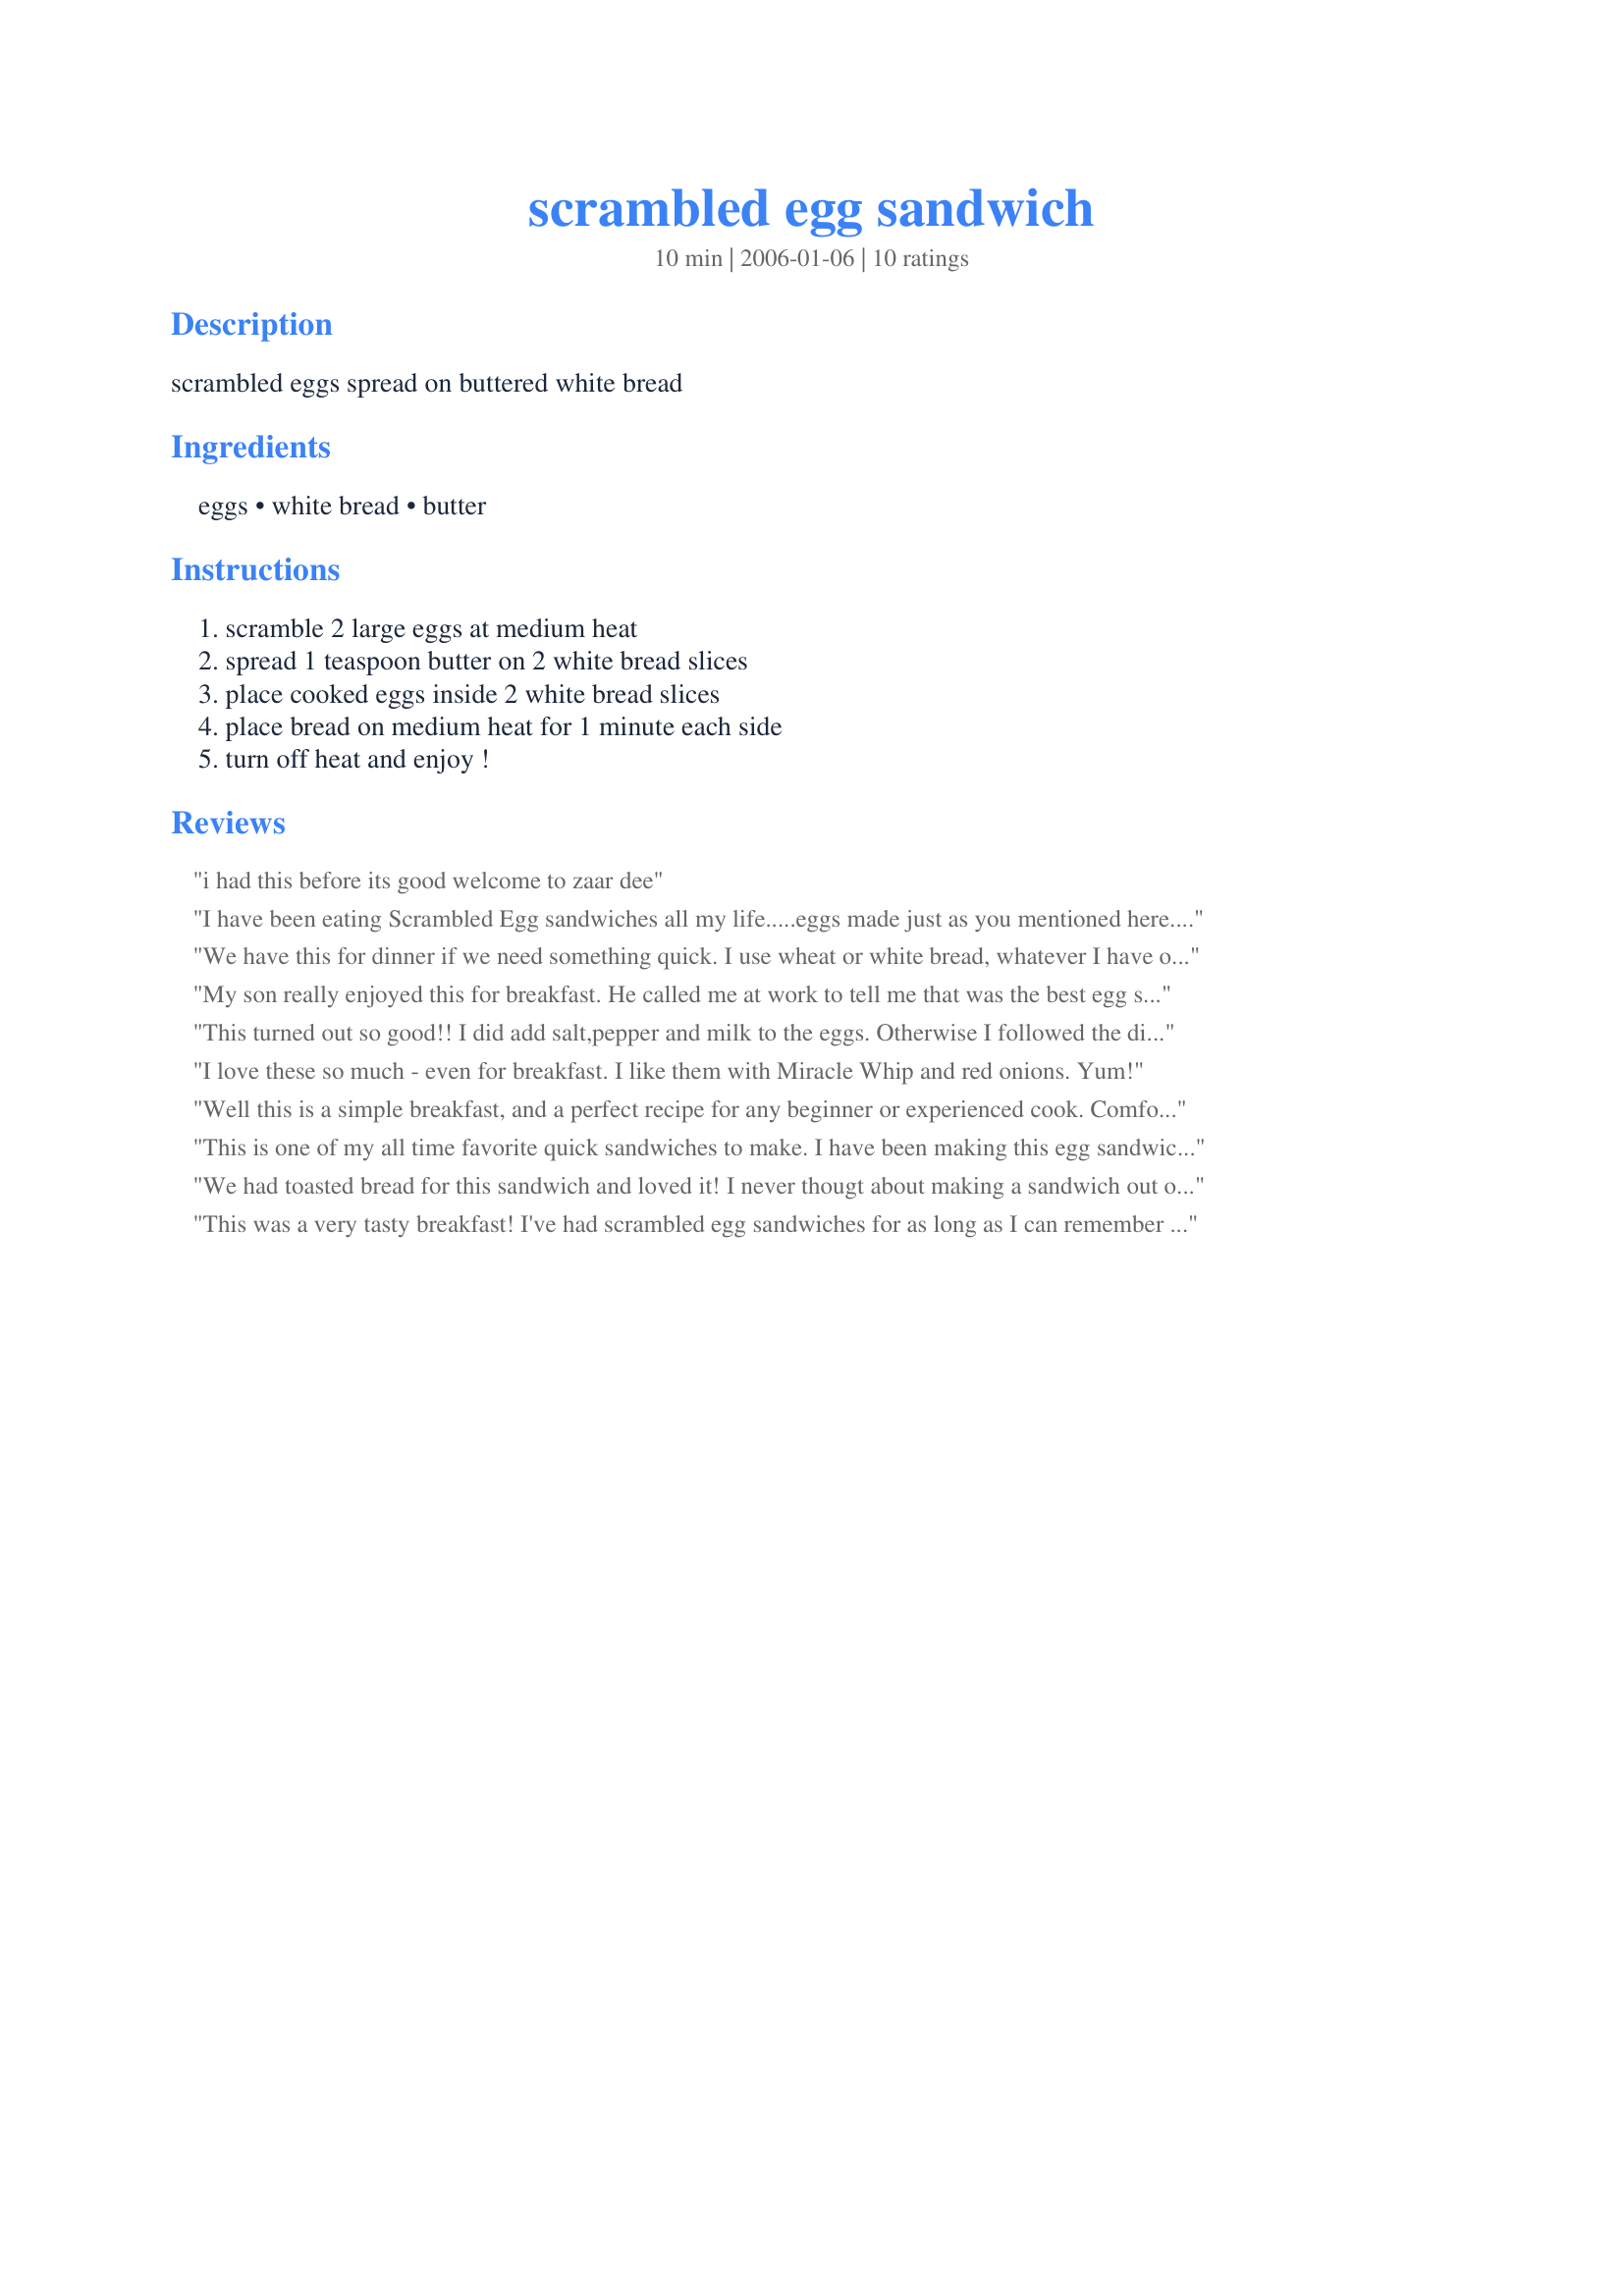
scrambled egg sandwich
Preparation time: 10 minutes

scrambled eggs spread on buttered white bread

Ingredients:
eggs, white bread, butter

Steps:
scramble 2 large eggs at medium heat, spread 1 teaspoon butter on 2 white bread slices, place cooked eggs inside 2 white bread slices, place bread on medium heat for 1 minute each side, turn off heat and enjoy !

Reviews:
 i had this before its good welcome to zaar dee
I have been eating Scrambled Egg sandwiches all my life.....eggs made just as you mentioned here....no added milk or water. My sandwiches were placed on all types of bread: white, rye, wheat, and even toast. I didn't butter the bread, as the butter was used to scramble the eggs. But I did add mayonnaise to my sandwiches. When I started high school, one of my classmates mother would make her scrambled egg sandwiches on toast topped with 3 strips of fried bacon and ketshup. Mmmm...that was so good too. Scrambled eggs make a wonderful sandwich!
We have this for dinner if we need something quick. I use wheat or white bread, whatever I have on hand. Sometimes we toast the bread, sometimes not. It's a quick and easy, yet filling sandwich.
My son really enjoyed this for breakfast. He called me at work to tell me that was the best egg sandwich he ever ate. I did make some changes as I added pepper and a slice of american cheese to the eggs. I had always but my scrambled eggs on top of toast but never thought about grilling them together. We will make these often.
This turned out so good!! I did add salt,pepper and milk to the eggs. Otherwise I followed the directions. My kids enjoyed it so it is a keeper! Thanks for the great recipe!
I love these so much - even for breakfast. I like them with Miracle Whip and red onions. Yum!
Well this is a simple breakfast, and a perfect recipe for any beginner or experienced cook.
Comfort food at it's best!
This is one of my all time favorite quick sandwiches to make. I have been making this egg sandwich ever since I was a kid just learning to use the stove. Thanks for sharing the recipe!
We had toasted bread for this sandwich and loved it! I never thougt about making a sandwich out of scrambled eggs. Would like to try this with toasted raisin bread and add some cheese and bacon bits to the scrambled eggs. So many different sandwich combinations to come up with.
This was a very tasty breakfast! I've had scrambled egg sandwiches for as long as I can remember but never on toasted bread. Nice change. Thanks so much for posting!!
